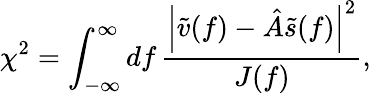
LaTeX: \chi^{2}=\int_{-\infty}^{\infty}\mathop{df}\frac{\left|\tilde{v}(f)-\hat{A}\tilde{s}(f)\right|^{2}}{J(f)},